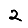
Digit: 2